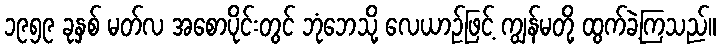
၁၉၅၉ ခုနှစ် မတ်လ အစောပိုင်းတွင် ဘုံဘေသို့ လေယာဉ်ဖြင့် ကျွန်မတို့ ထွက်ခဲ့ကြသည်။